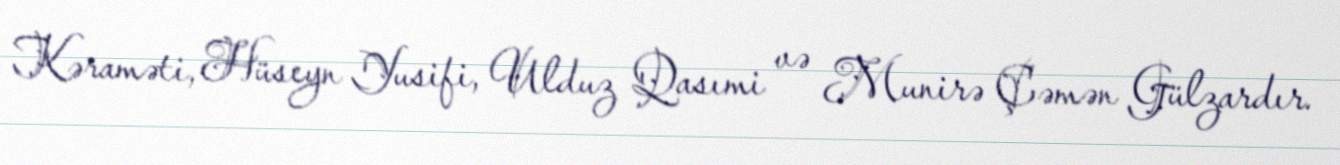
Kəraməti, Hüseyn Yusifi, Ulduz Qasımi və Munirə Çəmən Gülzardır.